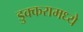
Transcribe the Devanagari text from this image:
डुक्करामध्ये